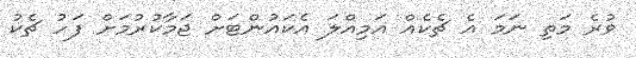
ވުރެ މަތި ނަމަ އެ ޗެކެއް އަމިއްލަ އެކައުންޓަށް ޖަމާކުރުމަށް ފަހު ޗެކު